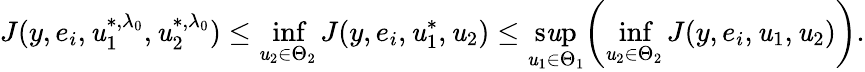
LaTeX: J(y,e_{i},\mathit{u}_{1}^{*,\lambda_{0}},\mathit{u}_{2}^{*,\lambda_{0}})\leq\operatorname*{inf}_{\mathit{u}_{2}\in\Theta_{2}}J(y,e_{i},\mathit{u}_{1}^{*},\mathit{u}_{2})\leq\operatorname*{s\mathit{u}p}_{\mathit{u}_{1}\in\Theta_{1}}\biggl(\operatorname*{inf}_{\mathit{u}_{2}\in\Theta_{2}}J(y,e_{i},\mathit{u}_{1},\mathit{u}_{2})\biggr).